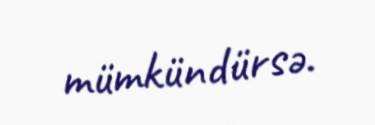
mümkündürsə.